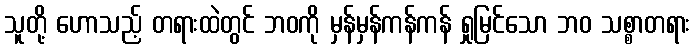
သူတို့ ဟောသည့် တရားထဲတွင် ဘဝကို မှန်မှန်ကန်ကန် ရှုမြင်သော ဘဝ သစ္စာတရား